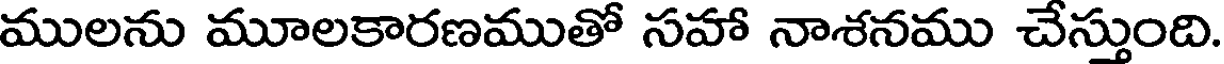
ములను మూలకారణముతో సహా నాశనము చేస్తుంది